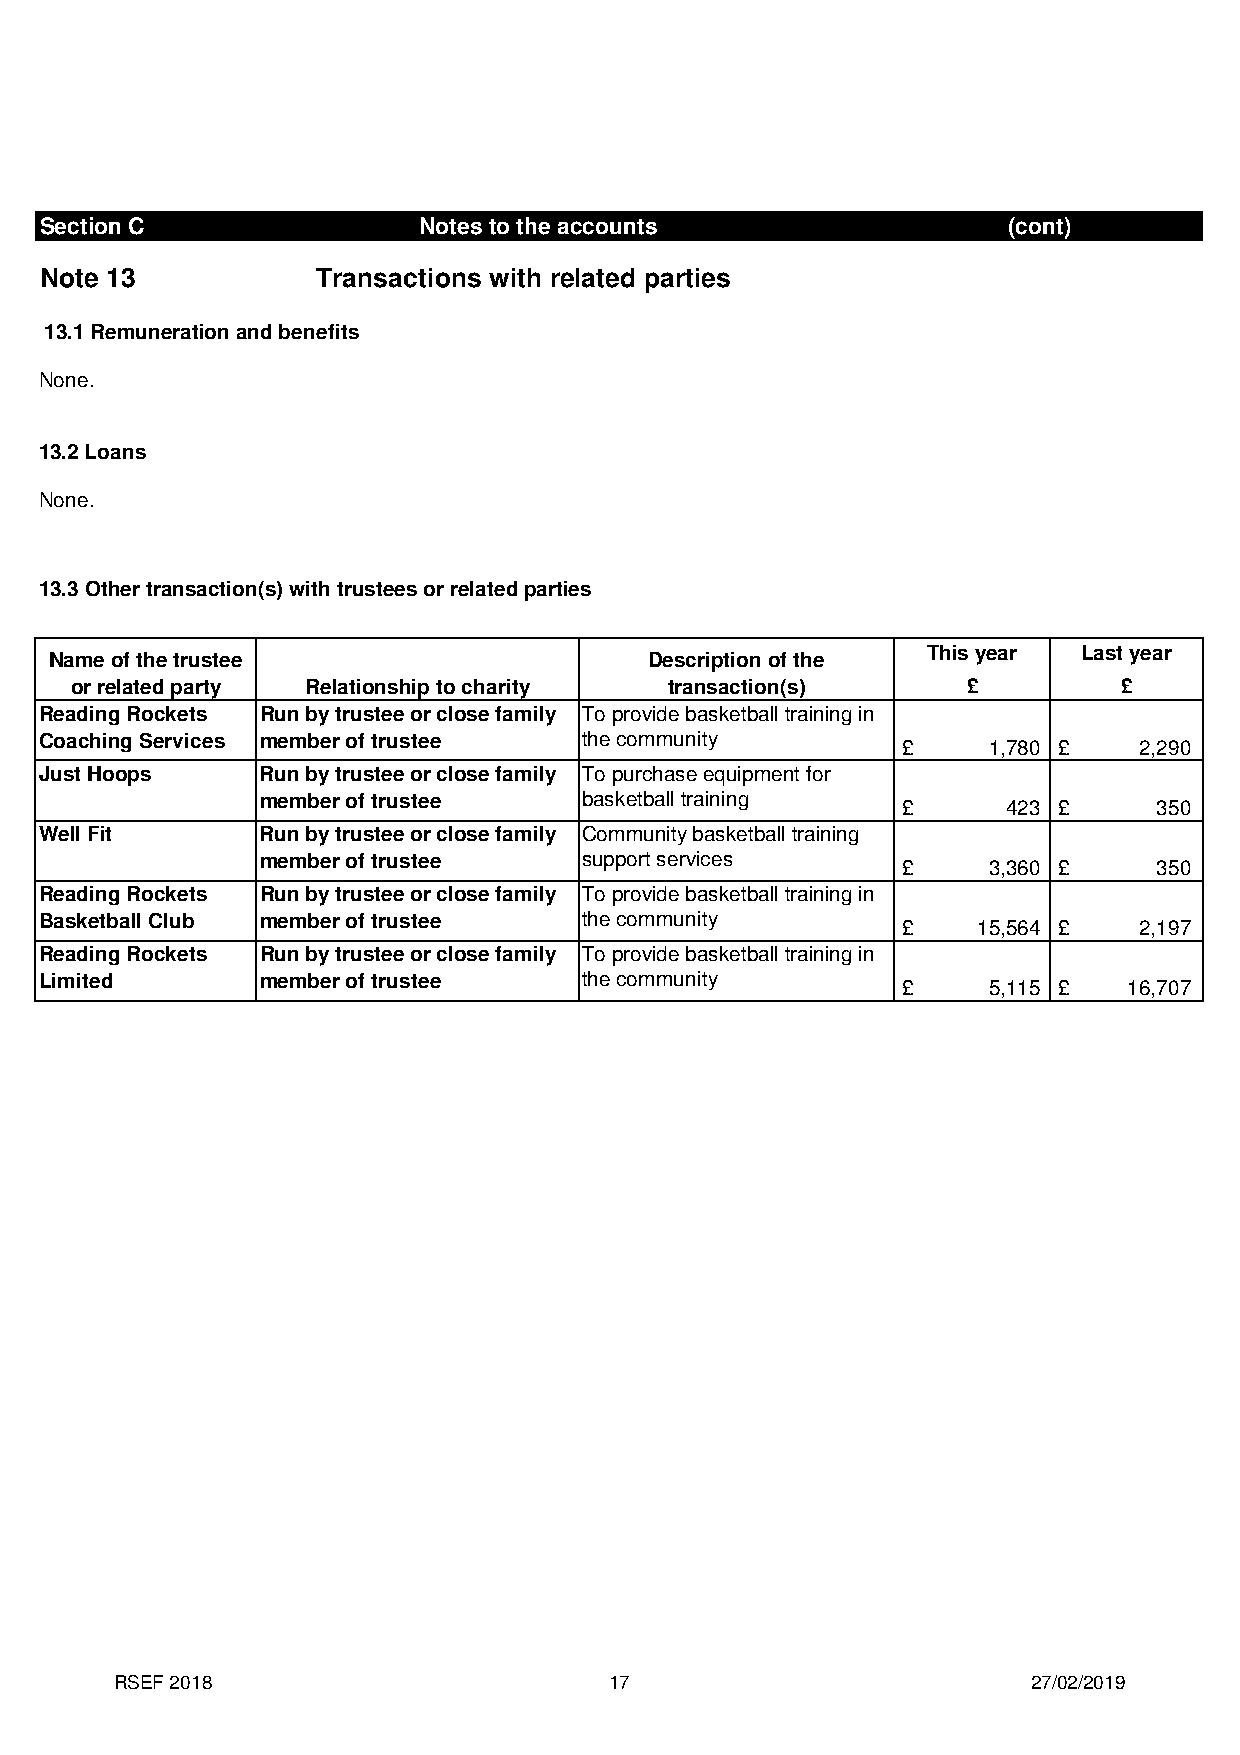
Section C                Notes to the accounts                  (cont)
 Note 13           Transactions with related parties
 13.1 Remuneration and benefits
 None.
 13.2 Loans
 None.
 13.3 Other transaction(s) with trustees or related parties
 This year  Last year
 Name of the trustee                     Description of the
 or related party Relationship to charity transaction(s)    £         £
 Reading Rockets Run by trustee or close family To provide basketball training in
 Coaching Services member of trustee the community
 £    1,780 £   2,290
 Just Hoops    Run by trustee or close family To purchase equipment for
 member of trustee     basketball training
 £      423 £     350
 Well Fit      Run by trustee or close family Community basketball training
 member of trustee     support services
 £    3,360 £     350
 Reading Rockets Run by trustee or close family To provide basketball training in
 Basketball Club member of trustee   the community
 £    15,564 £  2,197
 Reading Rockets Run by trustee or close family To provide basketball training in
 Limited       member of trustee     the community
 £    5,115 £   16,707
 RSEF 2018                       17                          27/02/2019